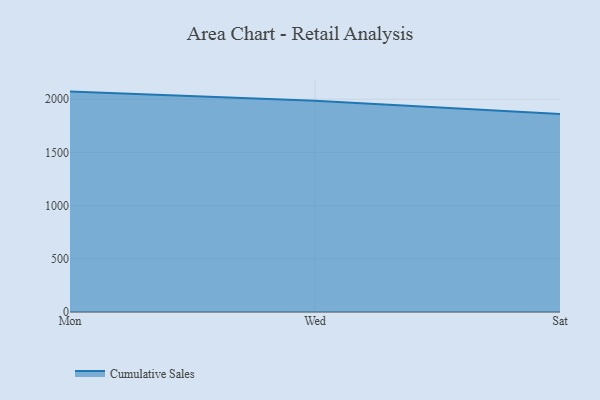
{"axis": {"x": "Day", "y": "Latency (ms)"}, "legend": ["Cumulative Sales"], "data": [{"x": "Mon", "y": 2071.2, "type": "Cumulative Sales"}, {"x": "Wed", "y": 1984.1, "type": "Cumulative Sales"}, {"x": "Sat", "y": 1860.8, "type": "Cumulative Sales"}]}